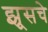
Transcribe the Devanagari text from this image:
झूसचे